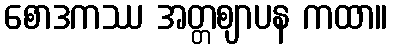
စောဒကဿ အတ္တဈာပန ကထာ။